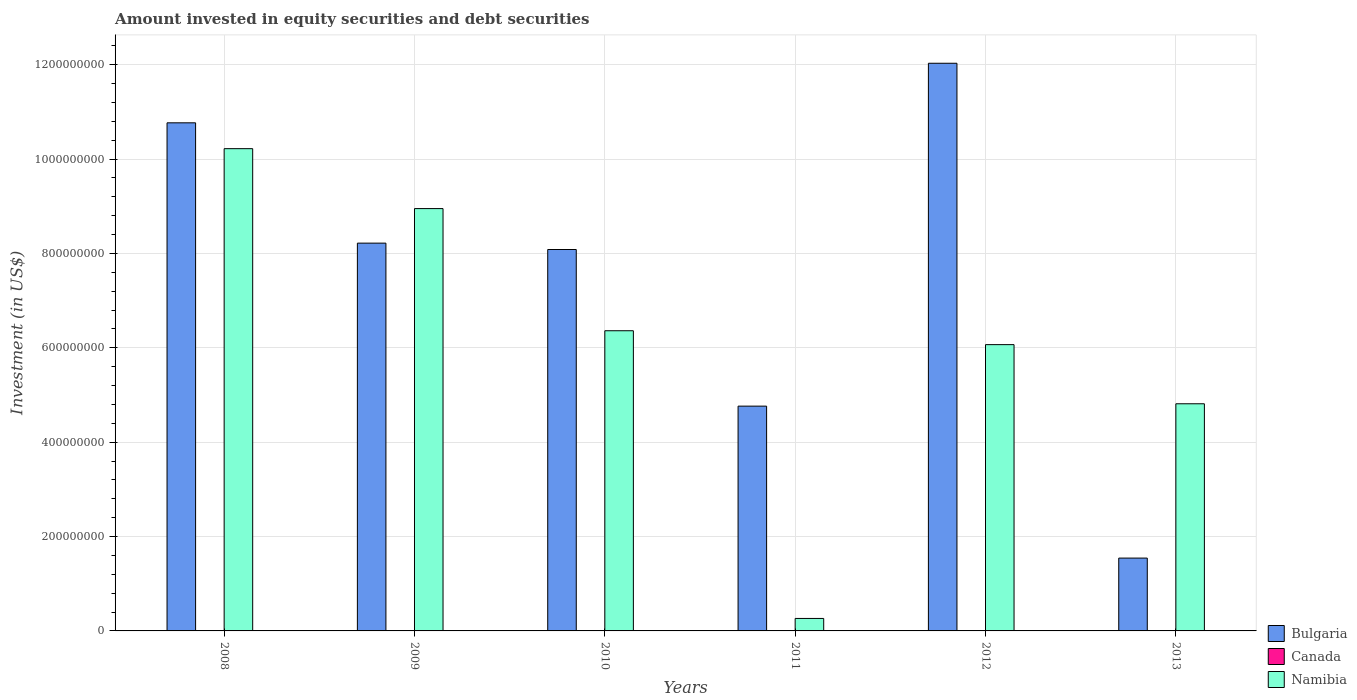
| Years | Bulgaria | Canada | Namibia |
 | --- | --- | --- | --- |
 | 2008 | 1.08e+09 | -4.07e+10 | 1.02e+09 |
 | 2009 | 8.22e+08 | -9.13e+10 | 8.95e+08 |
 | 2010 | 8.08e+08 | -9.63e+10 | 6.36e+08 |
 | 2011 | 4.76e+08 | -8.31e+10 | 2.65e+07 |
 | 2012 | 1.2e+09 | -4.83e+10 | 6.07e+08 |
 | 2013 | 1.54e+08 | -1.34e+10 | 4.81e+08 |